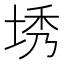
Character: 𪣜